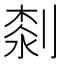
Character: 𠞘